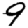
Digit: 9